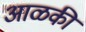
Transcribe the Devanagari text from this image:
आळकी